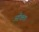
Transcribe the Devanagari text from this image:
आँका।